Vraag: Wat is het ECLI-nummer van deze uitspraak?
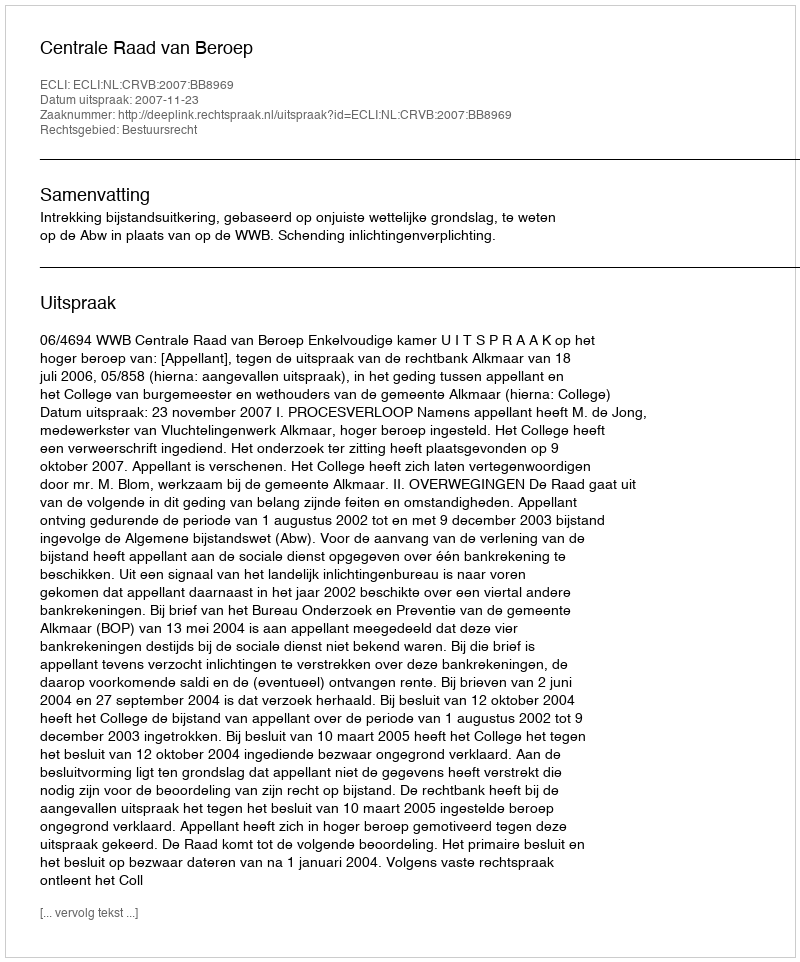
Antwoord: ECLI:NL:CRVB:2007:BB8969